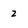
Character: 2